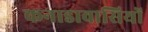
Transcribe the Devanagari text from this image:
कनाडावासियों